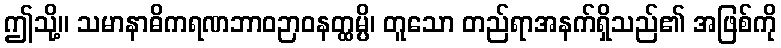
ဤသို့။ သမာနာဓိကရဏဘာဝဉာဝနတ္ထမ္ပိ၊ တူသော တည်ရာအနက်ရှိသည်၏ အဖြစ်ကို